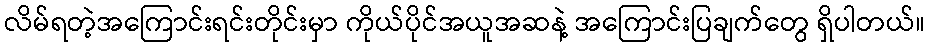
လိမ်ရတဲ့အကြောင်းရင်းတိုင်းမှာ ကိုယ်ပိုင်အယူအဆနဲ့ အကြောင်းပြချက်တွေ ရှိပါတယ်။